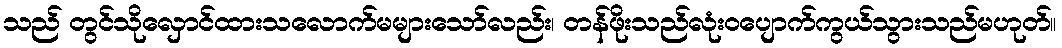
သည် တွင်သိုလှောင်ထားသလောက်မများသော်လည်း၊ တန်ဖိုးသည်လုံးဝပျောက်ကွယ်သွားသည်မဟုတ်။